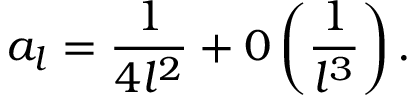
a _ { l } = \displaystyle \frac { 1 } { 4 l ^ { 2 } } + 0 \left( \displaystyle \frac { 1 } { l ^ { 3 } } \right) .